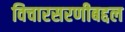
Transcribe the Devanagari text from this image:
विचारसरणीबद्दल